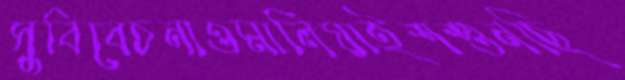
সুবিবেচনাওমালিয়াইশশুনছি